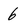
Character: 6